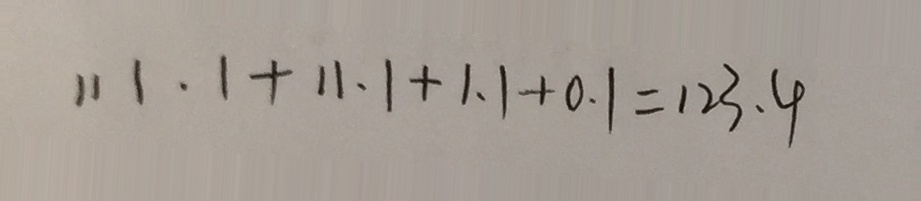
1 1 1 . 1 + 1 1 . 1 + 1 . 1 + 0 . 1 = 1 2 3 . 4